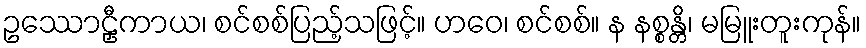
ဥဿောဠှီကာယ၊ စင်စစ်ပြည့်သဖြင့်။ ဟဝေ၊ စင်စစ်။ န နစ္စန္တိ၊ မမြူးတူးကုန်။